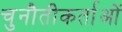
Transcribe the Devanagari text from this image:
चुनौतीकर्ताओं